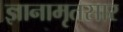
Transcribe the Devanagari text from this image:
ज्ञानामृतसार